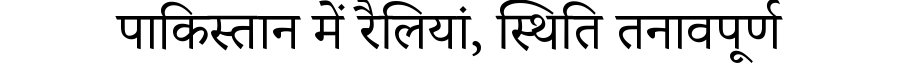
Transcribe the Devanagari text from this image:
पाकिस्तान में रैलियां, स्थिति तनावपूर्ण